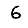
Digit: 6